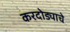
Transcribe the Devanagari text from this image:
करदोड्याचे